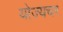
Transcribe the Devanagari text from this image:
योज्यचर